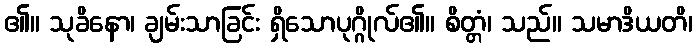
၏။ သုခိနော၊ ချမ်းသာခြင်း ရှိသောပုဂ္ဂိုလ်၏။ စိတ္တံ၊ သည်။ သမာဒိယတိ၊